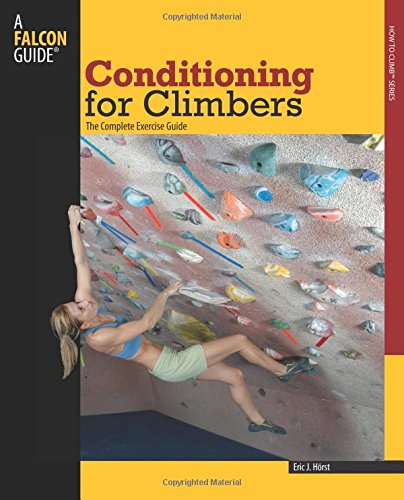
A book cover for Conditioning for Climbers: The Complete Exercise Guide (How To Climb Series); Eric Horst; Sports & Outdoors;